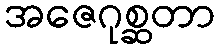
အဇေဂုစ္ဆတာ